Medical and sanitary report of the native army of Bengal for the year
Year: 1878
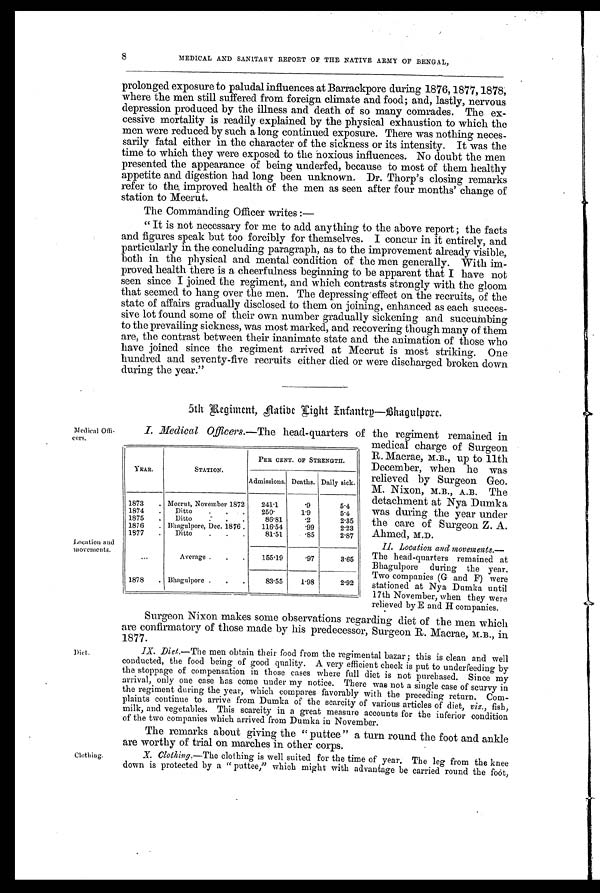
YEAR.
STATION.
PER CENT. OF STRENGTH.
Admissions. Deaths. Daily sick.
1873
. Meerut, November 1872
241.1
. 9
5.4
1874
.
Ditto
.
.
.
250.
1.9
5.4
1875
.
Ditto.
. .
86.81
. 2
2.35
1876
. Bhagulpore,Dec. 1876 .
116.54
. 9 9
2.23
1877
.
Ditto
.
.
.
81.51
. 8 5
2.87
...
Average .
.
.
155.19
.97
3.65
1878
. Bhagulpore .
.
.
83.55
1.98
2.92
Location and
movements.
8 MEDICAL AND SANITARY REPORT OF THE NATIVE ARMY OF BENGAL,
prolonged exposure to paludal influences at Barrackpore during 1876, 1877, 1878,
where the men still suffered from foreign climate and food; and, lastly, nervous
depression produced by the illness and death of so many comrades. The ex-
cessive mortality is readily explained by the physical exhaustion to which the
men were reduced by such a long continued exposure. There was nothing neces-
sarily fatal either in the character of the sickness or its intensity. It was the
time to which they were exposed to the noxious influences. No doubt the men
presented the appearance of being underfed, because to most of them healthy
appetite and digestion had long been unknown. Dr. Thorp's closing remarks
refer to the improved health of the men as seen after four months' change of
station to Meerut.
The Commanding Officer writes :
—
"It is not necessary for me to add anything to the above report; the facts
and figures speak but too forcibly for themselves. I concur in it entirely, and
particularly in the concluding paragraph, as to the improvement already visible,
both in the physical and mental condition of the men generally. With im-
proved health there is a cheerfulness beginning to be apparent that I have not
seen since I joined the regiment, and which contrasts strongly with the gloom
that seemed to hang over the men. The depressing effect on the recruits, of the
state of affairs gradually disclosed to them on joining, enhanced as each succes-
sive lot found some of their own number gradually sickening and succumbing
to the prevailing sickness, was most marked, and recovering though many of them
are, the contrast between their inanimate state and the animation of those who
have joined since the regiment arrived at Meerut is most striking. One
hundred and seventy-five recruits either died or were discharged broken down
during the year."
5th Regiment, Native Light Infantry—Bhagulpore.
Medical Offi-
cers.
Diet.
I. Medical Officers. —The head-quarters of the regiment remained in
medical charge of Surgeon
R. Macrae, M.B., up to 11th
December, when he was
relieved by Surgeon Geo.
M. Nixon, M.B., A.B. The
detachment at Nya Dumka
was during the year under
the care of Surgeon Z. A.
Ahmed, M.D.
II. Location and movements.
—T h e h e a d - q u a r t e r s r e ma i n e d a t
Bhagulpore during the year.
Two companies (G and F) were
stationed at Nya Dumka until
17th November, when they were
relieved by E and H companies.
Surgeon Nixon makes some observations regarding diet of the men which
are confirmatory of those made by his predecessor, Surgeon R. Macrae, M.B., in.
1877
IX. Diet. —The men obtain their food from the regimental bazar; this is clean and well
conducted, the food being of good quality. A very efficient check is put to underfeeding by
the stoppage of compensation in those cases where full diet is not purchased. Since my
arrival, only one case has come under my notice. There was not a single case of scurvy in
the regiment during the year, which compares favorably with the preceding return. Com-
plaints continue to arrive from Dumka of the scarcity of various articles of diet, viz., fish,
milk, and vegetables. This scarcity in a great measure accounts for the inferior condition
of the two companies which arrived from Dumka in November.
The remarks about giving the "puttee" a turn round the foot and ankle
are worthy of trial on marches in other corps.
Clothing.
X. Clothing.—The clothing is well suited for the time of year. The leg from the knee
down is protected by a "puttee," which might with advantage be carried round the foot,